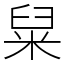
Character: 䊆